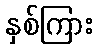
နှစ်ကြား